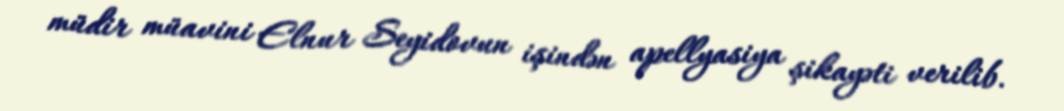
müdir müavini Elnur Seyidovun işindən apellyasiya şikayəti verilib.